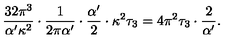
{ \frac { 3 2 \pi ^ { 3 } } { \alpha ^ { \prime } \kappa ^ { 2 } } } \cdot { \frac { 1 } { 2 \pi \alpha ^ { \prime } } } \cdot { \frac { \alpha ^ { \prime } } { 2 } } \cdot \kappa ^ { 2 } \tau _ { 3 } = 4 \pi ^ { 2 } \tau _ { 3 } \cdot { \frac { 2 } { \alpha ^ { \prime } } } .